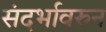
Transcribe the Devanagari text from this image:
संदर्भावरुन